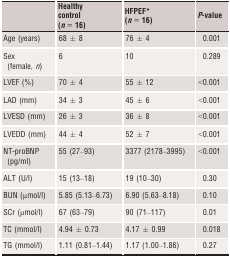
<table><thead><tr><td></td><td><b>Healthy control (<i>n</i> = 16)</b></td><td><b>HFPEF* (<i>n</i> = 16)</b></td><td><b><i>P</i>-value</b></td></tr></thead><tbody><tr><td>Age (years)</td><td>68 ± 8</td><td>76 ± 4</td><td>0.001</td></tr><tr><td>Sex (female, <i>n</i>)</td><td>6</td><td>10</td><td>0.289</td></tr><tr><td>LVEF (%)</td><td>70 ± 4</td><td>55 ± 12</td><td>&lt;0.001</td></tr><tr><td>LAD (mm)</td><td>34 ± 3</td><td>45 ± 6</td><td>&lt;0.001</td></tr><tr><td>LVESD (mm)</td><td>26 ± 3</td><td>36 ± 8</td><td>&lt;0.001</td></tr><tr><td>LVEDD (mm)</td><td>44 ± 4</td><td>52 ± 7</td><td>&lt;0.001</td></tr><tr><td>NT-proBNP (pg/ml)</td><td>55 (27–93)</td><td>3377 (2178–3995)</td><td>&lt;0.001</td></tr><tr><td>ALT (U/l)</td><td>15 (13–18)</td><td>19 (10–30)</td><td>0.30</td></tr><tr><td>BUN (μmol/l)</td><td>5.85 (5.13–6.73)</td><td>6.90 (5.63–8.18)</td><td>0.10</td></tr><tr><td>SCr (μmol/l)</td><td>67 (63–79)</td><td>90 (71–117)</td><td>0.01</td></tr><tr><td>TC (mmol/l)</td><td>4.94 ± 0.73</td><td>4.17 ± 0.99</td><td>0.018</td></tr><tr><td>TG (mmol/l)</td><td>1.11 (0.81–1.44)</td><td>1.17 (1.00–1.86)</td><td>0.27</td></tr></tbody></table>